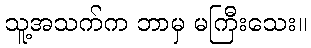
သူ့အသက်က ဘာမှ မကြီးသေး။